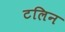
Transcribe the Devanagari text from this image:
टलिन